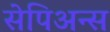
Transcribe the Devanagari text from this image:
सेपिअन्स